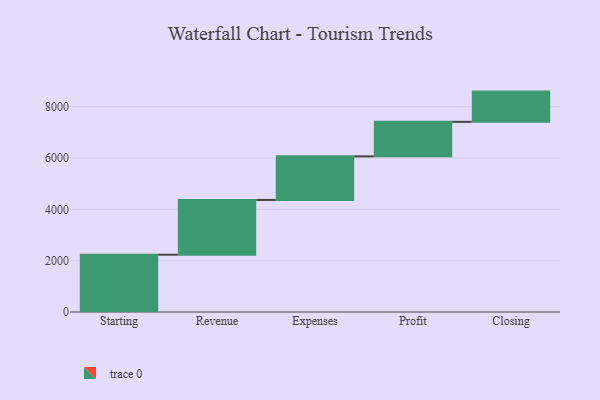
{"axis": {"x": "Step", "y": "Value"}, "legend": [""], "data": [{"x": "Starting", "y": 2232.0, "type": ""}, {"x": "Revenue", "y": 2132.0, "type": ""}, {"x": "Expenses", "y": 1698.0, "type": ""}, {"x": "Profit", "y": 1346.0, "type": ""}, {"x": "Closing", "y": 1177.0, "type": ""}]}